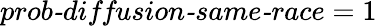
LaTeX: \textit{prob-diffusion-same-race}=1